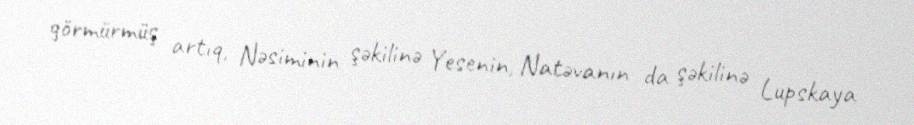
görmürmüş artıq, Nəsiminin şəkilinə Yesenin, Natəvanın da şəkilinə Lupskaya